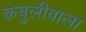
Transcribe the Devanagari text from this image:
कबुलीवाला